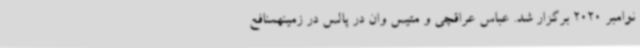
نوامبر 2020 برگزار شد. عباس عراقچی و متیس وان در پالس در زمینهمنافع